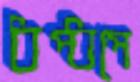
ধপ্‌ধপে